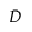
\bar { D }